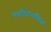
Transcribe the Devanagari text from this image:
परडिनेनसिस